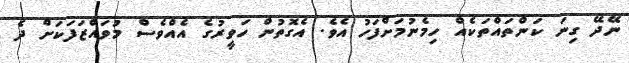
ނޭދޭ ގިނަ ކަންތައްތަކެއް ހިމެނުމަށްފަހު އެވެ. އެގޮތުން ހަވީރުގެ އެއްވެސް މުވައްޒަފަކަށް ދެ